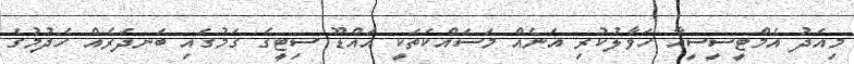
މިއަދު އެމްޓީސީސީއާ ހަވާލުކުރި އަނެއް މަސައްކަތަކީ އައްޑޫ ސިޓީގެ ގަމުގައި ބަނދަރެއް ހެދުމުގެ